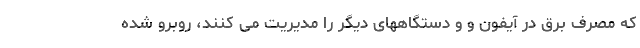
که مصرف برق در آیفون و و دستگاههای دیگر را مدیریت می کنند، روبرو شده